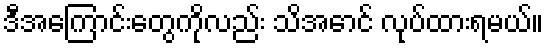
ဒီအကြောင်းတွေကိုလည်း သိအောင် လုပ်ထားရမယ်။